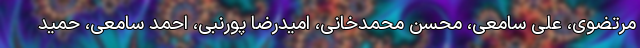
مرتضوی، علی سامعی، محسن محمدخانی، امیدرضا پورنبی، احمد سامعی، حمید